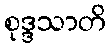
စုဒ္ဒသာတိ